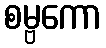
စမ္ဗကော